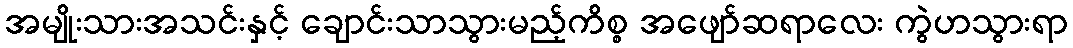
အမျိုးသားအသင်းနှင့် ချောင်းသာသွားမည့်ကိစ္စ အဖျော်ဆရာလေး ကွဲဟသွားရာ